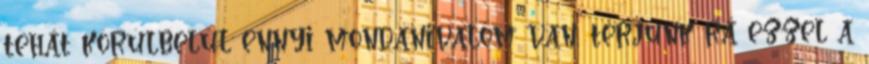
tehát körülbelül ennyi mondanivalóm van, térjünk rá ezzel a